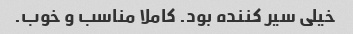
خیلی سیر کننده بود. کاملا مناسب و خوب.